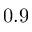
0 . 9